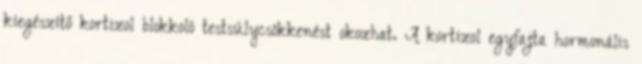
kiegészítő kortizol blokkoló testsúlycsökkenést okozhat. A kortizol egyfajta hormonális